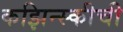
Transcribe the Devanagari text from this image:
कझिन्स्कीची